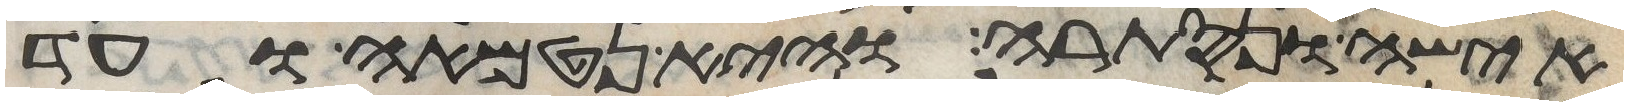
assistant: אישה ונסתרה והיא נטמאה ועד